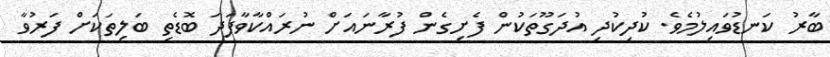
ބާރު ކަނޑުވައިލުމެވެ. ކުދިކުދި އުދަގޫތަކުން ފެށިގެން ފުރާނައަށް ނުރައްކާވާފަދަ ބޮޑެތި ބަލިތަކަށް ފަރުވާ